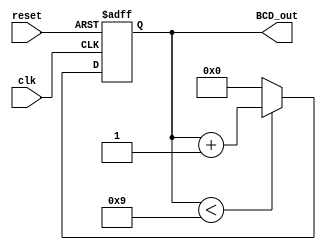
module BCD_Counter (
    input wire clk,          // Clock signal
    input wire reset,        // Asynchronous reset signal
    output reg [3:0] BCD_out // 4-bit output for BCD representation
);

    // Internal register to hold the current count value
    reg [3:0] count;

    // Always block for synchronous counting and asynchronous reset
    always @(posedge clk or posedge reset) begin
        if (reset) begin
            // Asynchronous reset: set count to 0
            count <= 4'b0000;
        end else begin
            // Counting mechanism
            if (count < 4'b1001) begin
                count <= count + 1; // Increment count
            end else begin
                count <= 4'b0000; // Reset count to 0 if it reaches 9
            end
        end
    end

    // Continuous assignment to output the current count in BCD format
    always @(*) begin
        BCD_out = count; // Output the current count
    end

endmodule